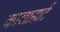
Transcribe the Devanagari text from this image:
कालाहार्ट